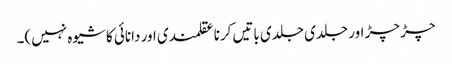
چڑ چڑ اور جلدی جلدی باتیں کرنا عقلمندی اور دانائی کا شیوہ نہیں)۔